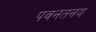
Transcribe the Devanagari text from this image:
पवनतनय